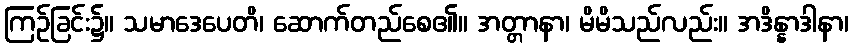
ကြဉ်ခြင်း၌။ သမာဒေပေတိ၊ ဆောက်တည်စေ၏။ အတ္တာနာ၊ မိမိသည်လည်း။ အဒိန္နာဒါနာ၊